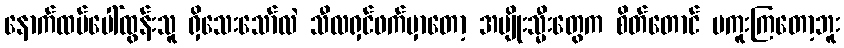
နောက်ထပ်ပေါ်ထွန်းသူ ရှိသေးသော်လဲ သီလရှင်ဖက်မှာတော့ အမျိုးသ္မီးတွေက စိတ်တောင် မကူးကြတော့ဘူး